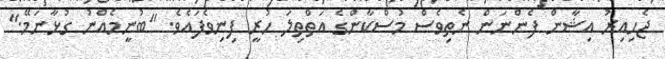
ޖެހިއިރު އިޝާން ފެންނަން ނެތިވެސް މުސްކާންގެ އަތްތިލަ ހުރީ ފިނިވެފައެވެ. "ބުނީމެއްނު ގުޅާނަމޭ."